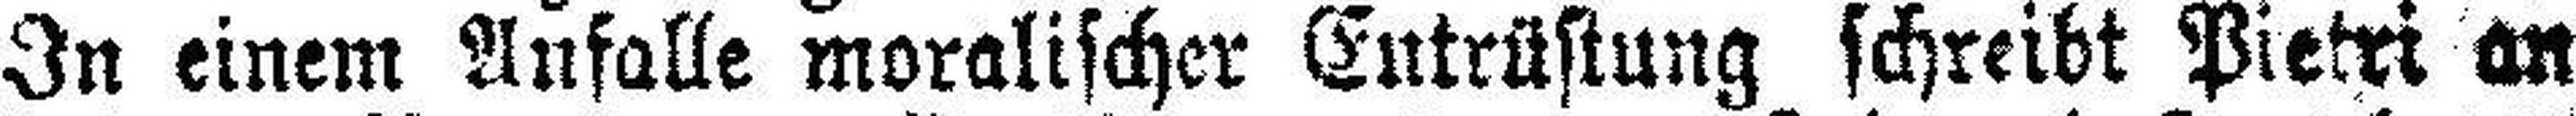
In einem Anfalle moralischer Entrüstung schreibt Pietri an